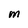
Character: M